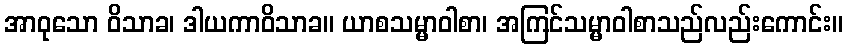
အာဝုသော ဝိသာခ၊ ဒါယကာဝိသာခ။ ယာစသမ္မာဝါစာ၊ အကြင်သမ္မာဝါစာသည်လည်းကောင်း။